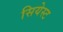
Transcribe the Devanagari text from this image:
सियेस्ट